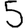
Digit: 5